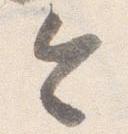
令